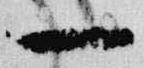
一